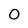
Character: O